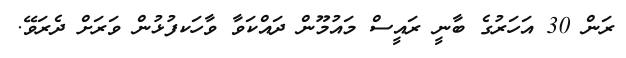
ރަން 30 އަހަރުގެ ބާނީ ރައީސް މައުމޫން ދައްކަވާ ވާހަކފުޅުން ވަރަށް ދެރަވޭ.